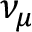
\nu _ { \mu }